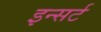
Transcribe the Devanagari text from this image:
इन्सर्ट